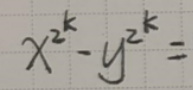
\[x^{2^{k}} - y^{2^{k}} =\]